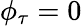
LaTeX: \phi_{\tau}=0